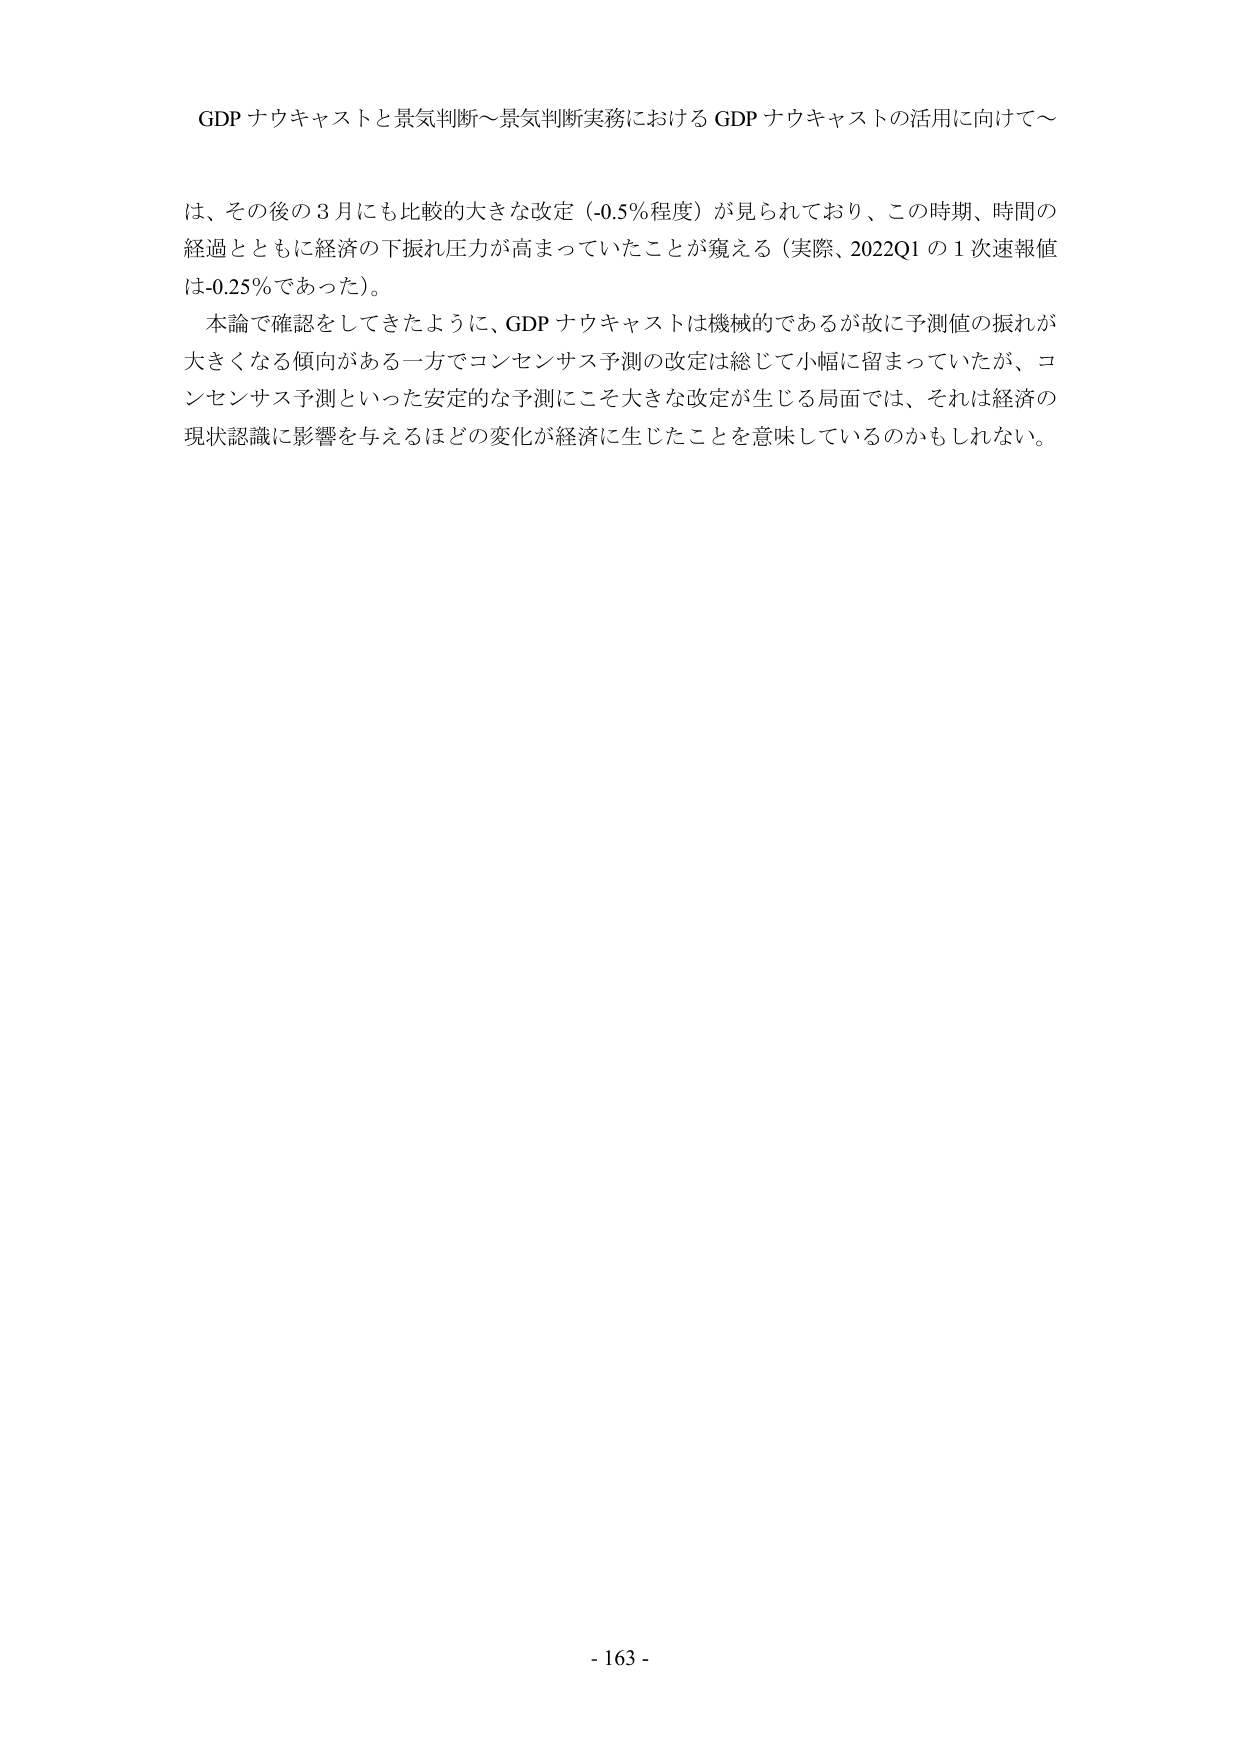
GDP ナウキャストと景気判断～景気判断実務における GDP ナウキャストの活用に向けて～

は、その後の３月にも比較的大きな改定（-0.5％程度）が見られており、この時期、時間の
経過とともに経済の下振れ圧力が高まっていたことが窺える（実際、2022Q1 の１次速報値
は-0.25％であった）。
本論で確認をしてきたように、GDP ナウキャストは機械的であるが故に予測値の振れが
大きくなる傾向がある一方でコンセンサス予測の改定は総じて小幅に留まっていたが、コ
ンセンサス予測といった安定的な予測にこそ大きな改定が生じる局面では、それは経済の
現状認識に影響を与えるほどの変化が経済に生じたことを意味しているのかもしれない。

- 163 -